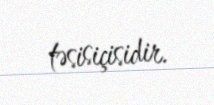
təsisiçisidir.